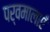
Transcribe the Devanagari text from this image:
पर्वमालाएँ